Rangoon Lunatic Asylum 1898-1906 - 1898-1906
Year: 1898
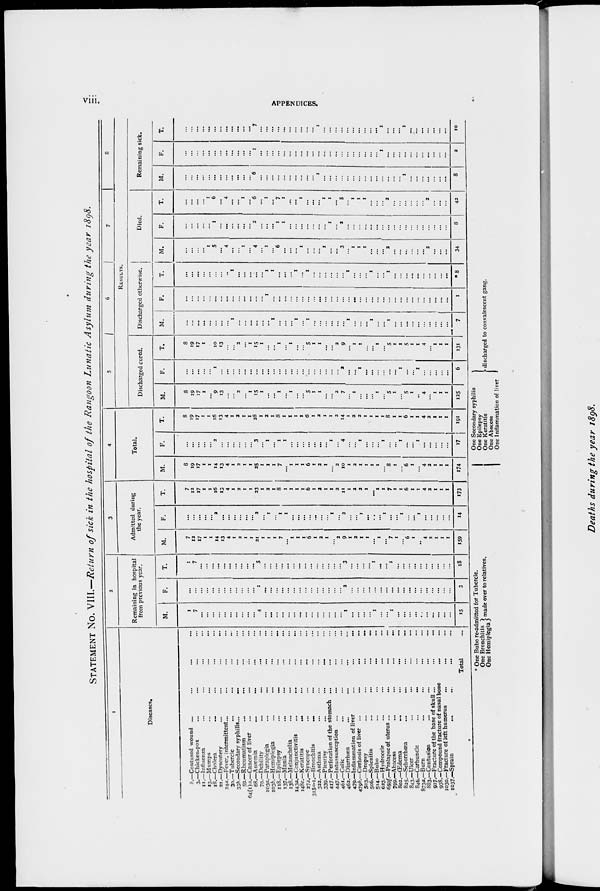
viii.
APPENDICES.
STATEMENT No. VIII.—Return of sick in the hospital of the Rangoon Lunatic Asylum during the year 1898.
1
Diseases.
b.—Contused wound ... ... ... ...
3.—Chicken-pox ... ... ... ...
11.—Influenza ... ... ... ...
13.—Mumps ... ... ... ...
18.—Cholera
... ... ... ...
21.—Dysentery ... ... ... ...
24a.—Fever, intermittent ... ... ... ...
30.—Tubercle ... ... ... ...
33b.—Secondary syphilis ...
... ... ...
59.—Rheumatism ... ... ... ...
64(1)a.—Cancer of liver ... ... ... ...
68.—Anæmia
...
... ... ...
70.—Debility ... ... ... ...
103a.—Paraplegia ... ... ... ...
103b.—Hemiplegia ... ... ... ...
118.—Epilepsy
...
... ... ...
137.—Mania ... ... ... ...
138.—Melancholia ... ... ... ...
143a.—Conjunctivitis
...
...
...
...
148c.—Keratitis
...
...
... ...
272.—Syncope ... ... ... ...
315a-1.—Bronchitis
... ... ... ...
322.—Asthma ... ... ... ...
339.—Pleurisy
...
...
... ...
417.—Perforation of the stomach ... ... ...
447.—Intussusception ... ... ... ...
461.—Colic ... ... ... ...
462.—Diarrhœa
...
... ... ...
479.—Inflammation of liver
...
...
...
479b.—Cirrhosis of liver ... ... ... ...
503.—Dropsy
...
...
...
...
506.—Splenitis
...
...
...
...
514.—Bubo ... ... ... ...
623.—Hydrocele ... ... ... ...
659f.—Prolapse of uterus ... ... ... ...
799.—Abscess
...
...
...
...
802.—Œdema ... ... ... ...
825.—Seborrhœa ... ... ... ...
843.—Ulcer ... ... ... ...
846.—Carbuncle
...
... ... ...
873a.—Burn ... ... ... ...
883.—Contusion ... ... ... ...
927.—Fracture of the base of skull ... ...
938.—Compound fracture of nasal bone ... ...
1030.—Fracture of left humerus ... ... ...
1037.—Sprain ... ... ... ...
Total ...
2
Remaining in hospital
from previous year.
M.
1
7
...
...
...
...
...
...
...
...
...
...
4
...
...
...
...
...
...
...
...
...
...
...
...
...
...
1
...
...
...
...
1
...
...
1
...
...
...
...
...
...
...
...
...
...
15
F.
...
...
...
...
...
...
...
...
...
...
...
...
1
...
...
...
...
...
...
...
...
...
...
...
...
...
...
2
...
...
...
...
...
...
...
...
...
...
...
...
...
...
...
...
...
...
3
T.
1
7
...
...
...
...
...
...
...
...
...
...
5
...
...
...
...
...
...
...
...
...
...
...
...
...
...
3
...
...
...
...
1
...
...
1
...
...
...
...
...
...
...
...
...
...
18
3
Admitted during
the year.
M.
7
12
17
1
1
14
13
4
1
2
1
1
21
1
1
1
7
...
1
1
1
6
1
2
1
...
2
9
1
2
1
1
... 1
...
7
1
...
6
1
...
4
2
1
1
1
159
F.
...
...
...
...
... 2
...
...
...
...
...
... 2
...
1
...
1
1
...
...
...
...
...
...
...
1
...
2
...
...
1
...
...
...
1
...
...
1
...
...
1
...
...
...
...
...
14
T.
7
12
17
1
1
16
13
4
1
2
1
1
23
1
2
1
8
1
1
1
1
6
1
2
1
1
2
11
1
2
2
1
... 1
1
7
1
1
6
1
1
4
2
1
1
1
173
4
Total.
M.
8
19
17
1
1
14
13
4
1
2
1
1
25
1
1
1
7
...
1
1
1
6
1
2
1
...
2
10
1
2
1
1
1
1
...
8
1
...
6
1
...
4
2
1
1
1
174
F.
...
...
...
...
... 2
...
...
...
...
...
...
3
...
1
...
1
1
...
...
...
...
...
...
...
1
...
4
...
...
1
...
...
...
1
...
...
1
...
...
1
...
...
...
...
...
17
T.
8
19
17
1
1
16
13
4
1
2
1
1
28
1
2
1
8
1
1
1
1
6
1
2
1
1
2
14
1
2
2
1
1
1
1
8
1
1
6 1
1
4
2
1
1
1
191
5
6
7
8
RESULTS.
Discharged cured.
M.
8
19
17
1
...
9
13
...
...
2
...
1
15
1
...
...
1
...
1
...
...
5
1
1
...
...
2
7
...
1
...
...
... 1
...
5
1
...
5
1
...
4
...
1
1
1
125
F.
...
...
...
...
...
1
...
...
...
...
...
...
...
...
...
...
...
...
...
...
...
...
...
...
...
...
...
2
...
...
1
...
...
...
...
...
...
1
...
...
1
...
...
...
...
...
6
T.
8
19
17
1
...
10
13
...
...
2
...
1
15
1
...
...
1
...
1
...
...
5
1
1
...
...
2
9
...
1
1
...
...
1
...
5
1
1
5
1
1
4
...
1
1
1
131
Discharged otherwise.
M.
...
...
...
...
...
...
...
...
1
...
...
...
...
...
...
1
...
...
...
1
...
1
...
...
...
...
...
...
1
...
...
...
1
...
...
1
...
...
...
...
...
...
...
...
...
...
7
F.
...
...
...
...
...
...
...
...
...
...
...
...
...
...
1
...
...
...
...
...
...
...
...
...
...
...
...
...
...
...
...
...
...
...
...
...
...
...
...
...
...
...
...
...
...
...
1
T.
...
...
...
...
...
...
...
...
1
...
...
...
...
...
1
1
...
...
...
1
...
1
...
...
...
...
...
...
1
...
...
...
1
...
...
1
...
...
...
...
...
...
...
...
...
...
*8
Died.
M.
...
...
...
...
1
5
...
4
...
...
1
...
4
...
1
...
6
...
...
...
1
...
...
...
1
...
...
3
...
1
1
1
...
...
...
2
...
...
...
...
...
...
2
...
...
...
34
F.
...
...
...
...
...
1
...
...
...
...
...
...
2
...
...
...
1
1
...
...
...
...
...
...
...
1
...
2
...
...
...
...
...
...
...
...
...
...
...
...
...
...
...
...
...
...
8
T.
...
...
...
...
1
6
...
4
...
...
1
...
6
...
1
...
7
1
...
...
1
...
...
...
1
1
...
5
...
1
1
1
...
...
...
2
...
...
...
...
...
...
2
...
...
...
42
Remaining sick.
M.
...
...
...
...
...
...
...
...
...
...
...
...
6
...
...
...
...
...
...
...
...
...
...
1
...
...
...
...
...
...
...
...
...
...
...
...
...
...
1
...
...
...
...
...
...
...
8
F.
...
...
...
...
...
...
...
...
...
...
...
...
1
...
...
...
...
...
...
...
...
...
...
...
...
...
...
...
...
...
...
...
...
...
1
...
...
...
...
...
...
...
...
...
...
...
2
T.
...
...
...
...
...
...
...
...
...
...
...
...
7
...
...
...
...
...
...
...
...
...
...
1
...
...
...
...
...
...
...
...
...
...
1
...
...
...
1
...
...
...
...
...
...
...
10
* One Bubo re-admitted for Tubercle.
One Bronchitis
One Hemiplegia
made over to relatives.
One Secondary syphilis
One Epilepsy
One Keratitis
One Abscess
One Inflammation of liver
discharged to convalescent gang.